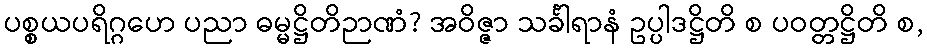
ပစ္စယပရိဂ္ဂဟေ ပညာ ဓမ္မဋ္ဌိတိဉာဏံ? အဝိဇ္ဇာ သင်္ခါရာနံ ဥပ္ပါဒဋ္ဌိတိ စ ပဝတ္တဋ္ဌိတိ စ,